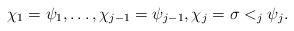
LaTeX: \begin{align*}\chi_1=\psi_1, \ldots, \chi_{j-1} = \psi_{j-1}, \chi_j = \sigma <_j \psi_j.\end{align*}